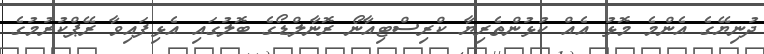
ދުނިޔޭގެ އެންމެ މޮޅު އެއް ކުޅުންތެރިޔާ ކްރިސްޓިއާނޯ ރޮނާލްޑޯގެ ބޮލުގައި އެޅިފައިވާ ރޭޕްކުރުމުގެ